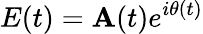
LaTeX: E(t)=\mathbf{A}(t)e^{i\theta(t)}